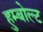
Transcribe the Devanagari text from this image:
हुम्बोल्ट